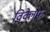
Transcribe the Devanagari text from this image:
विक्लेफ